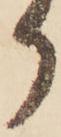
り